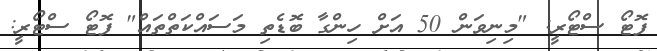
ފޮޓޯ ސްޓޯރީ: "މިނިވަން 50 އަށް ހިންގާ ބޮޑެތި މަސައްކަތްތައް" ފޮޓޯ ސްޓޯރީ: